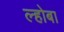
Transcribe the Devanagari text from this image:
ल्होबा